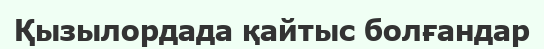
Қызылордада қайтыс болғандар